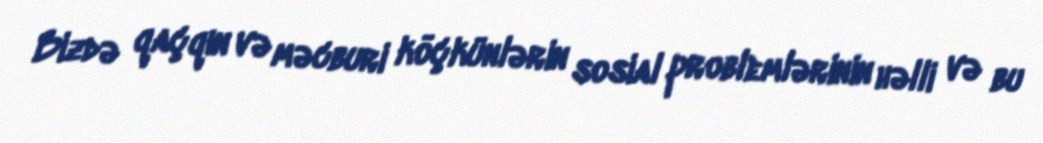
Bizdə qaçqın və məcburi köçkünlərin sosial problemlərinin həlli və bu